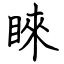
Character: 睞